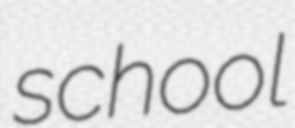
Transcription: school